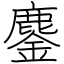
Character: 鏖